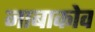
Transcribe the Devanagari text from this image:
नाबाकोव